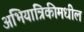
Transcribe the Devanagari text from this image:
अभियांत्रिकीमधील